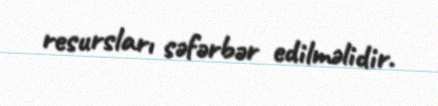
resursları səfərbər edilməlidir.